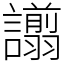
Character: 譾